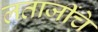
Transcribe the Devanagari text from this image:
लताजींचे